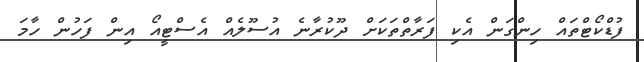
ފުޑްކޯޓްތައް ހިންގަން އެކި ފަރާތްތަކަށް ދޫކުރާނެ އުސޫލެއް އެސްޓީއޯ އިން ފަހުން ހާމަ